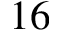
1 6